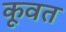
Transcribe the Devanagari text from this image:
कूवत